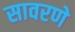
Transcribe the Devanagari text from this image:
सावरणे